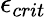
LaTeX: {\epsilon}_{crit}